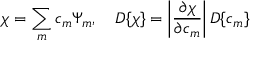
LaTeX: \chi = \sum _ { m } c _ { m } \Psi _ { m } , \quad { \cal D } \{ \chi \} = \left| \frac { \partial \chi } { \partial c _ { m } } \right| { \cal D } \{ c _ { m } \}